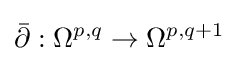
{\bar {\partial }}:\Omega ^{p,q}\to \Omega ^{p,q+1}